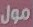
مول